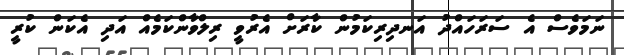
ނަމަވެސް އެ ސަރަހައްދު އަނދިރިކަމުން ކާރަށް އެރުވީ ރިލްވާންކަމެއް އަދި އެކަން ކުރީ